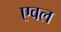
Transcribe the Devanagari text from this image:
एवल